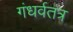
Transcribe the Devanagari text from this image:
गंधर्वतंत्र